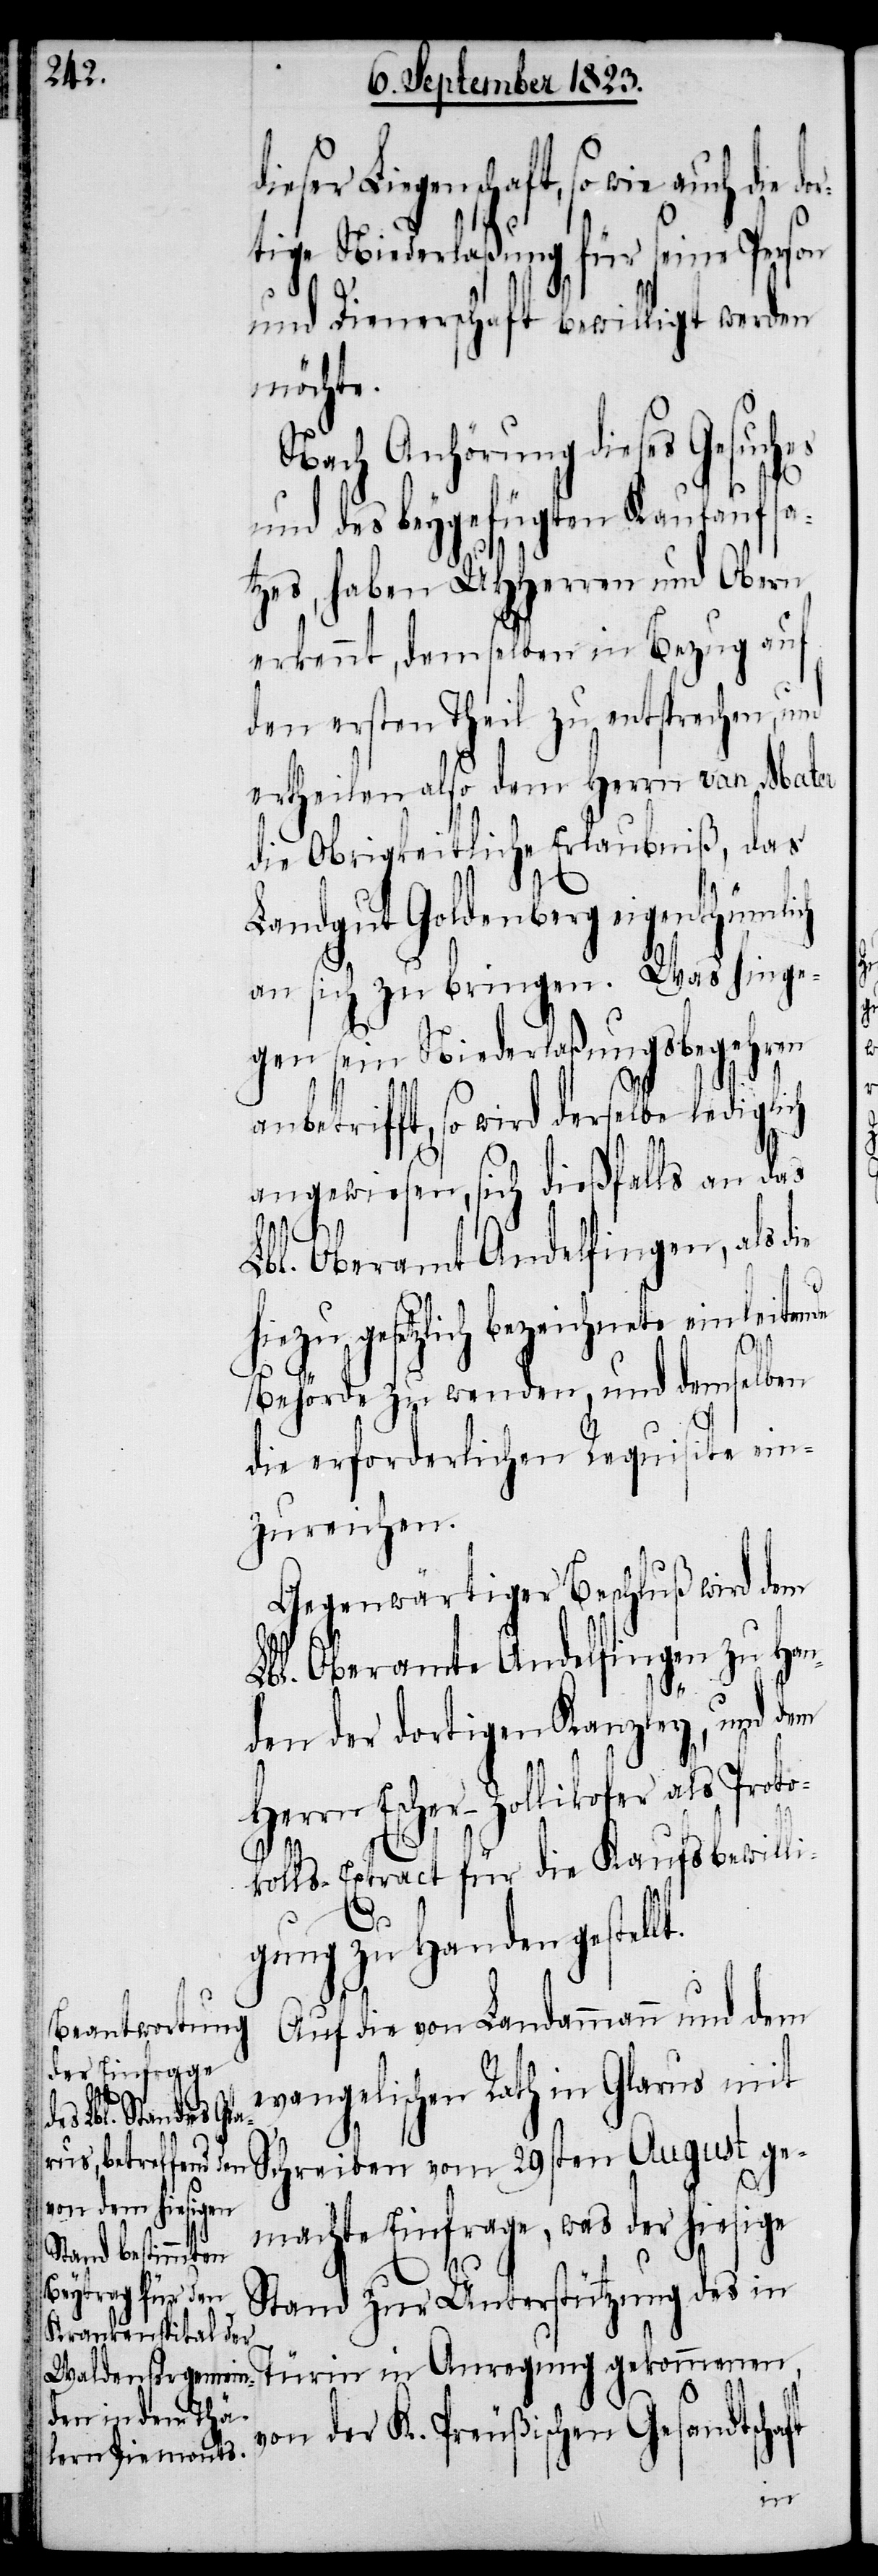
Liegenschaft, so wie auch die
tige Niederlaßung für seine Person
und Dienerschaft bewilligt werden
möchte.
Nach Anhörung dieses Gesuch¬
und des beygefügten Kaufaufsa¬
tzes, haben UHHerren und Obern
erkennt, demselben in Bezug auf
den ersten Theil zu entsprechen, und
ertheilen also dem Herrn van
die Obrigkeitliche Erlaubniß, das
August gemachte Einfrage,
an sich zu bringen. Was hinge¬
gen sein Niederlaßungsbegehren
anbetrifft, so wird derselbe lediglich
angewiesen, sich dießfalls an das
Lbl. Oberamt Andelfingen, als d¬
hiezu gesetzlich bezeichnete einleitende
Behörde zu wenden, und demselben
die erforderlichen Requisite ein¬
zureichen.
Gegenwärtiger Beschluß wird dem
Lbl. Oberamte Andelfingen zu Han¬
den der dortigen Kanzley, und dem
Herrn Escher-Zollikofer als Prot¬
okolls-Extract für die Kaufsbewilli¬
lt.
gung zu Handen gestel¬
Auf die von Landammann und dem
evangelischen Rath in Glarus mit
was der hiesige
Stand zur Unterstützung des in
Türin in Anregung gekommenen,
von der K. Preußischen Gesandtschaft
ie